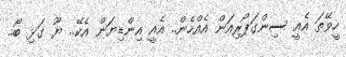
ހީވޭތަ އެއީ ސިންގަޕޯރިއަން އެއްހެން.. އެއީ އިންޑިޔަން އެކޭ.. ޔޫ ގަޅި ބޯ..